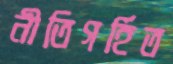
নীতিগর্হিত